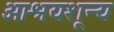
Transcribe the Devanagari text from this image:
आश्रयशून्य